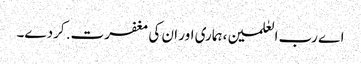
اے رب العٰلمین، ہماری اور ان کی مغفرت. کردے۔